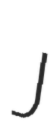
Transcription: J